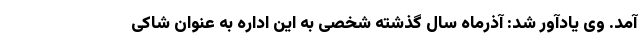
آمد. وی یادآور شد: آذرماه سال گذشته شخصی به این اداره به عنوان شاکی